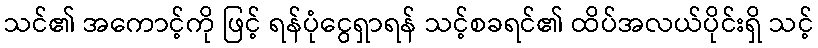
သင်၏ အကောင့်ကို ဖြင့် ရန်ပုံငွေရှာရန် သင့်စခရင်၏ ထိပ်အလယ်ပိုင်းရှိ သင့်